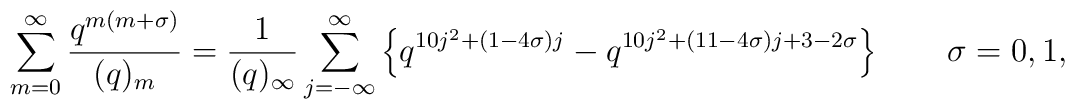
\sum_{m=0}^{\infty} \frac{q^{m(m+\sigma)}}{(q)_m} =\frac{1}{(q)_{\infty}}\sum_{j=-\infty}^{\infty} \left\{q^{10j^2+(1-4\sigma)j}-q^{10j^2+(11-4\sigma)j+3-2\sigma} \right\} \qquad \sigma=0,1,